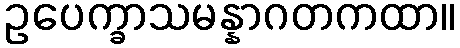
ဥပေက္ခာသမန္နာဂတကထာ။